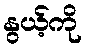
နွယ့်ကို